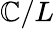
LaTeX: \mathbb{C}/L